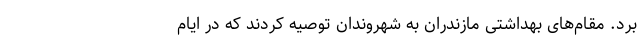
برد. مقام‌های بهداشتی مازندران به شهروندان توصیه کردند که در ایام